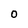
Character: 0